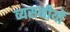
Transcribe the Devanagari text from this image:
व्यसनीयों